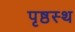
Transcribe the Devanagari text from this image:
पृष्ठस्थ